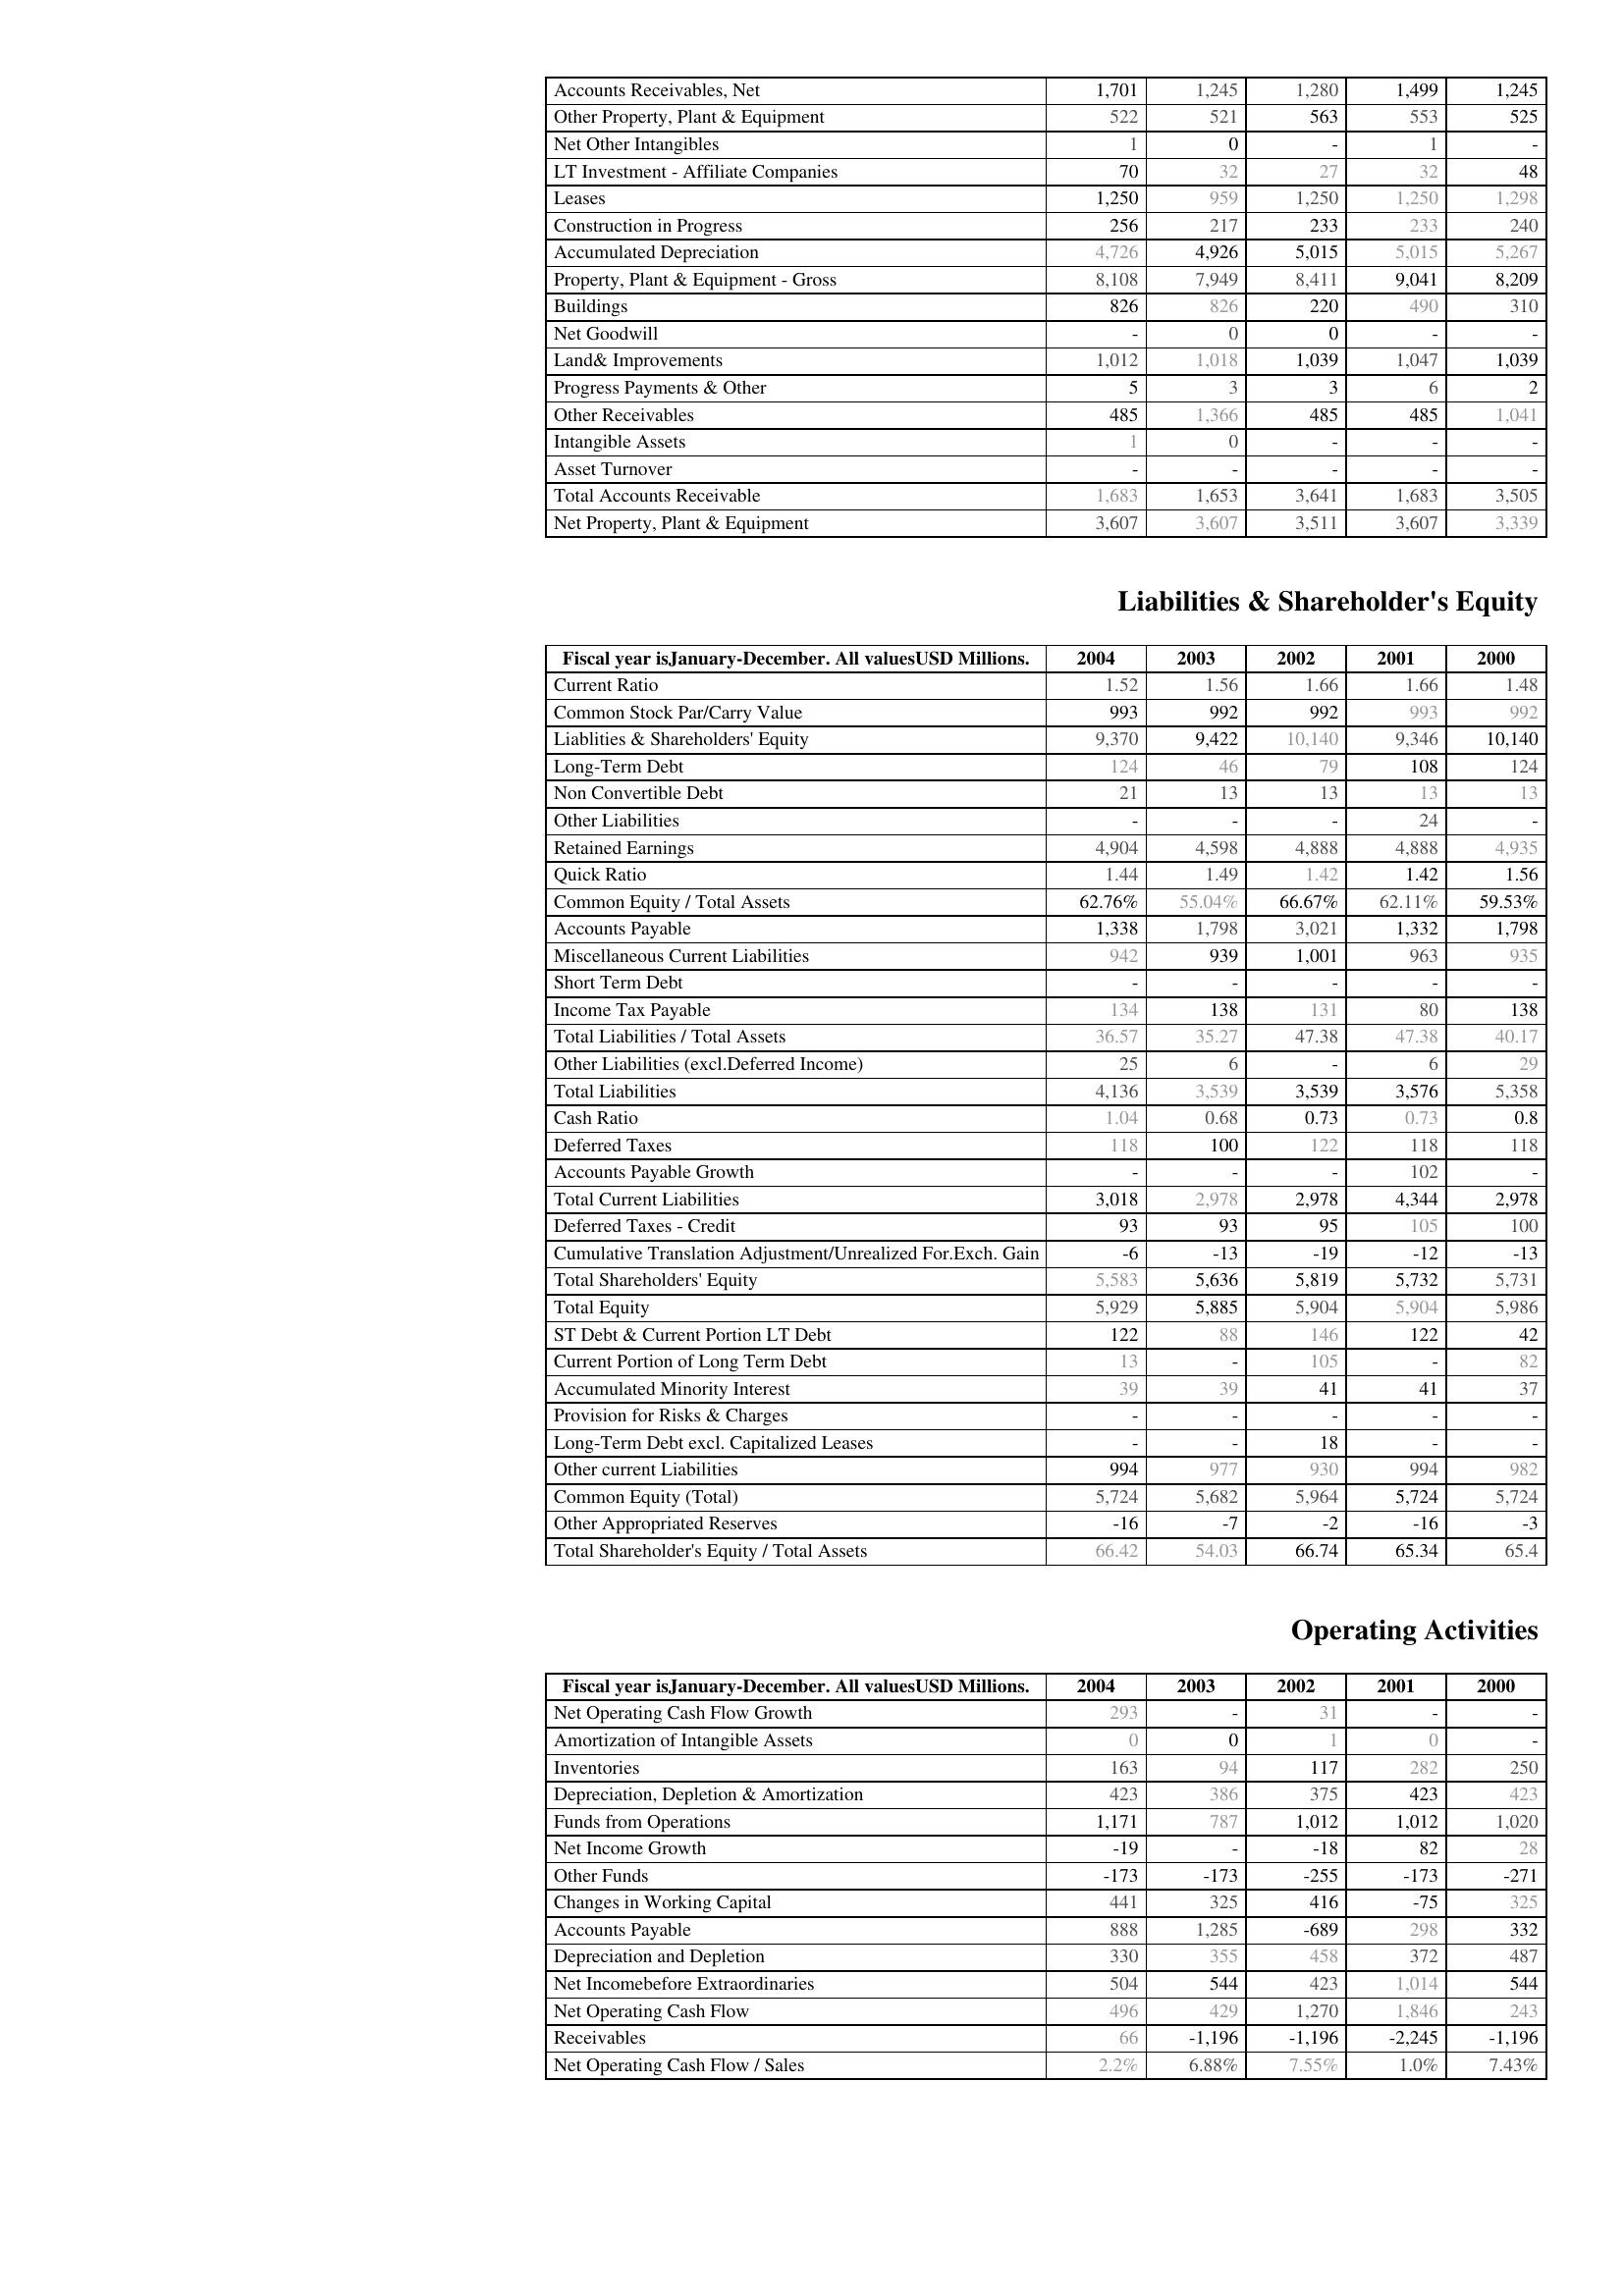
2004: Assets: Accounts Receivables, Net: 1,701
Other Property, Plant & Equipment: 522
Net Other Intangibles: 1
LT Investment - Affiliate Companies: 70
Leases: 1,250
Construction in Progress: 256
Accumulated Depreciation: 4,726
Property, Plant & Equipment - Gross : 8,108
Buildings: 826
Net Goodwill: -
Land& Improvements: 1,012
Progress Payments & Other: 5
Other Receivables: 485
Intangible Assets: 1
Asset Turnover: -
Total Accounts Receivable: 1,683
Net Property, Plant & Equipment: 3,607
Liabilities & Shareholder's Equity: Current Ratio: 1.52
Common Stock Par/Carry Value: 993
Liablities & Shareholders' Equity: 9,370
Long-Term Debt: 124
Non Convertible Debt: 21
Other Liabilities: -
Retained Earnings: 4,904
Quick Ratio: 1.44
Common Equity / Total Assets: 62.76%
Accounts Payable: 1,338
Miscellaneous Current Liabilities: 942
Short Term Debt: -
Income Tax Payable: 134
Total Liabilities / Total Assets: 36.57
Other Liabilities (excl.Deferred Income): 25
Total Liabilities: 4,136
Cash Ratio: 1.04
Deferred Taxes: 118
Accounts Payable Growth: -
Total Current Liabilities: 3,018
Deferred Taxes - Credit: 93
Cumulative Translation Adjustment/Unrealized For.Exch. Gain: -6
Total Shareholders' Equity: 5,583
Total Equity: 5,929
ST Debt & Current Portion LT Debt: 122
Current Portion of Long Term Debt: 13
Accumulated Minority Interest: 39
Provision for Risks & Charges: -
Long-Term Debt excl. Capitalized Leases: -
Other current Liabilities: 994
Common Equity (Total): 5,724
Other Appropriated Reserves: -16
Total Shareholder's Equity / Total Assets: 66.42
Operating Activities: Net Operating Cash Flow Growth: 293
Amortization of Intangible Assets: 0
Inventories: 163
Depreciation, Depletion & Amortization: 423
Funds from Operations: 1,171
Net Income Growth: -19
Other Funds: -173
Changes in Working Capital: 441
Accounts Payable: 888
Depreciation and Depletion: 330
Net Incomebefore Extraordinaries: 504
Net Operating Cash Flow: 496
Receivables: 66
Net Operating Cash Flow / Sales: 2.2%
2003: Assets: Accounts Receivables, Net: 1,245
Other Property, Plant & Equipment: 521
Net Other Intangibles: 0
LT Investment - Affiliate Companies: 32
Leases: 959
Construction in Progress: 217
Accumulated Depreciation: 4,926
Property, Plant & Equipment - Gross : 7,949
Buildings: 826
Net Goodwill: 0
Land& Improvements: 1,018
Progress Payments & Other: 3
Other Receivables: 1,366
Intangible Assets: 0
Asset Turnover: -
Total Accounts Receivable: 1,653
Net Property, Plant & Equipment: 3,607
Liabilities & Shareholder's Equity: Current Ratio: 1.56
Common Stock Par/Carry Value: 992
Liablities & Shareholders' Equity: 9,422
Long-Term Debt: 46
Non Convertible Debt: 13
Other Liabilities: -
Retained Earnings: 4,598
Quick Ratio: 1.49
Common Equity / Total Assets: 55.04%
Accounts Payable: 1,798
Miscellaneous Current Liabilities: 939
Short Term Debt: -
Income Tax Payable: 138
Total Liabilities / Total Assets: 35.27
Other Liabilities (excl.Deferred Income): 6
Total Liabilities: 3,539
Cash Ratio: 0.68
Deferred Taxes: 100
Accounts Payable Growth: -
Total Current Liabilities: 2,978
Deferred Taxes - Credit: 93
Cumulative Translation Adjustment/Unrealized For.Exch. Gain: -13
Total Shareholders' Equity: 5,636
Total Equity: 5,885
ST Debt & Current Portion LT Debt: 88
Current Portion of Long Term Debt: -
Accumulated Minority Interest: 39
Provision for Risks & Charges: -
Long-Term Debt excl. Capitalized Leases: -
Other current Liabilities: 977
Common Equity (Total): 5,682
Other Appropriated Reserves: -7
Total Shareholder's Equity / Total Assets: 54.03
Operating Activities: Net Operating Cash Flow Growth: -
Amortization of Intangible Assets: 0
Inventories: 94
Depreciation, Depletion & Amortization: 386
Funds from Operations: 787
Net Income Growth: -
Other Funds: -173
Changes in Working Capital: 325
Accounts Payable: 1,285
Depreciation and Depletion: 355
Net Incomebefore Extraordinaries: 544
Net Operating Cash Flow: 429
Receivables: -1,196
Net Operating Cash Flow / Sales: 6.88%
2002: Assets: Accounts Receivables, Net: 1,280
Other Property, Plant & Equipment: 563
Net Other Intangibles: -
LT Investment - Affiliate Companies: 27
Leases: 1,250
Construction in Progress: 233
Accumulated Depreciation: 5,015
Property, Plant & Equipment - Gross : 8,411
Buildings: 220
Net Goodwill: 0
Land& Improvements: 1,039
Progress Payments & Other: 3
Other Receivables: 485
Intangible Assets: -
Asset Turnover: -
Total Accounts Receivable: 3,641
Net Property, Plant & Equipment: 3,511
Liabilities & Shareholder's Equity: Current Ratio: 1.66
Common Stock Par/Carry Value: 992
Liablities & Shareholders' Equity: 10,140
Long-Term Debt: 79
Non Convertible Debt: 13
Other Liabilities: -
Retained Earnings: 4,888
Quick Ratio: 1.42
Common Equity / Total Assets: 66.67%
Accounts Payable: 3,021
Miscellaneous Current Liabilities: 1,001
Short Term Debt: -
Income Tax Payable: 131
Total Liabilities / Total Assets: 47.38
Other Liabilities (excl.Deferred Income): -
Total Liabilities: 3,539
Cash Ratio: 0.73
Deferred Taxes: 122
Accounts Payable Growth: -
Total Current Liabilities: 2,978
Deferred Taxes - Credit: 95
Cumulative Translation Adjustment/Unrealized For.Exch. Gain: -19
Total Shareholders' Equity: 5,819
Total Equity: 5,904
ST Debt & Current Portion LT Debt: 146
Current Portion of Long Term Debt: 105
Accumulated Minority Interest: 41
Provision for Risks & Charges: -
Long-Term Debt excl. Capitalized Leases: 18
Other current Liabilities: 930
Common Equity (Total): 5,964
Other Appropriated Reserves: -2
Total Shareholder's Equity / Total Assets: 66.74
Operating Activities: Net Operating Cash Flow Growth: 31
Amortization of Intangible Assets: 1
Inventories: 117
Depreciation, Depletion & Amortization: 375
Funds from Operations: 1,012
Net Income Growth: -18
Other Funds: -255
Changes in Working Capital: 416
Accounts Payable: -689
Depreciation and Depletion: 458
Net Incomebefore Extraordinaries: 423
Net Operating Cash Flow: 1,270
Receivables: -1,196
Net Operating Cash Flow / Sales: 7.55%
2001: Assets: Accounts Receivables, Net: 1,499
Other Property, Plant & Equipment: 553
Net Other Intangibles: 1
LT Investment - Affiliate Companies: 32
Leases: 1,250
Construction in Progress: 233
Accumulated Depreciation: 5,015
Property, Plant & Equipment - Gross : 9,041
Buildings: 490
Net Goodwill: -
Land& Improvements: 1,047
Progress Payments & Other: 6
Other Receivables: 485
Intangible Assets: -
Asset Turnover: -
Total Accounts Receivable: 1,683
Net Property, Plant & Equipment: 3,607
Liabilities & Shareholder's Equity: Current Ratio: 1.66
Common Stock Par/Carry Value: 993
Liablities & Shareholders' Equity: 9,346
Long-Term Debt: 108
Non Convertible Debt: 13
Other Liabilities: 24
Retained Earnings: 4,888
Quick Ratio: 1.42
Common Equity / Total Assets: 62.11%
Accounts Payable: 1,332
Miscellaneous Current Liabilities: 963
Short Term Debt: -
Income Tax Payable: 80
Total Liabilities / Total Assets: 47.38
Other Liabilities (excl.Deferred Income): 6
Total Liabilities: 3,576
Cash Ratio: 0.73
Deferred Taxes: 118
Accounts Payable Growth: 102
Total Current Liabilities: 4,344
Deferred Taxes - Credit: 105
Cumulative Translation Adjustment/Unrealized For.Exch. Gain: -12
Total Shareholders' Equity: 5,732
Total Equity: 5,904
ST Debt & Current Portion LT Debt: 122
Current Portion of Long Term Debt: -
Accumulated Minority Interest: 41
Provision for Risks & Charges: -
Long-Term Debt excl. Capitalized Leases: -
Other current Liabilities: 994
Common Equity (Total): 5,724
Other Appropriated Reserves: -16
Total Shareholder's Equity / Total Assets: 65.34
Operating Activities: Net Operating Cash Flow Growth: -
Amortization of Intangible Assets: 0
Inventories: 282
Depreciation, Depletion & Amortization: 423
Funds from Operations: 1,012
Net Income Growth: 82
Other Funds: -173
Changes in Working Capital: -75
Accounts Payable: 298
Depreciation and Depletion: 372
Net Incomebefore Extraordinaries: 1,014
Net Operating Cash Flow: 1,846
Receivables: -2,245
Net Operating Cash Flow / Sales: 1.0%
2000: Assets: Accounts Receivables, Net: 1,245
Other Property, Plant & Equipment: 525
Net Other Intangibles: -
LT Investment - Affiliate Companies: 48
Leases: 1,298
Construction in Progress: 240
Accumulated Depreciation: 5,267
Property, Plant & Equipment - Gross : 8,209
Buildings: 310
Net Goodwill: -
Land& Improvements: 1,039
Progress Payments & Other: 2
Other Receivables: 1,041
Intangible Assets: -
Asset Turnover: -
Total Accounts Receivable: 3,505
Net Property, Plant & Equipment: 3,339
Liabilities & Shareholder's Equity: Current Ratio: 1.48
Common Stock Par/Carry Value: 992
Liablities & Shareholders' Equity: 10,140
Long-Term Debt: 124
Non Convertible Debt: 13
Other Liabilities: -
Retained Earnings: 4,935
Quick Ratio: 1.56
Common Equity / Total Assets: 59.53%
Accounts Payable: 1,798
Miscellaneous Current Liabilities: 935
Short Term Debt: -
Income Tax Payable: 138
Total Liabilities / Total Assets: 40.17
Other Liabilities (excl.Deferred Income): 29
Total Liabilities: 5,358
Cash Ratio: 0.8
Deferred Taxes: 118
Accounts Payable Growth: -
Total Current Liabilities: 2,978
Deferred Taxes - Credit: 100
Cumulative Translation Adjustment/Unrealized For.Exch. Gain: -13
Total Shareholders' Equity: 5,731
Total Equity: 5,986
ST Debt & Current Portion LT Debt: 42
Current Portion of Long Term Debt: 82
Accumulated Minority Interest: 37
Provision for Risks & Charges: -
Long-Term Debt excl. Capitalized Leases: -
Other current Liabilities: 982
Common Equity (Total): 5,724
Other Appropriated Reserves: -3
Total Shareholder's Equity / Total Assets: 65.4
Operating Activities: Net Operating Cash Flow Growth: -
Amortization of Intangible Assets: -
Inventories: 250
Depreciation, Depletion & Amortization: 423
Funds from Operations: 1,020
Net Income Growth: 28
Other Funds: -271
Changes in Working Capital: 325
Accounts Payable: 332
Depreciation and Depletion: 487
Net Incomebefore Extraordinaries: 544
Net Operating Cash Flow: 243
Receivables: -1,196
Net Operating Cash Flow / Sales: 7.43%